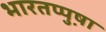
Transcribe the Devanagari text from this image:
भारतप्पुष़ा